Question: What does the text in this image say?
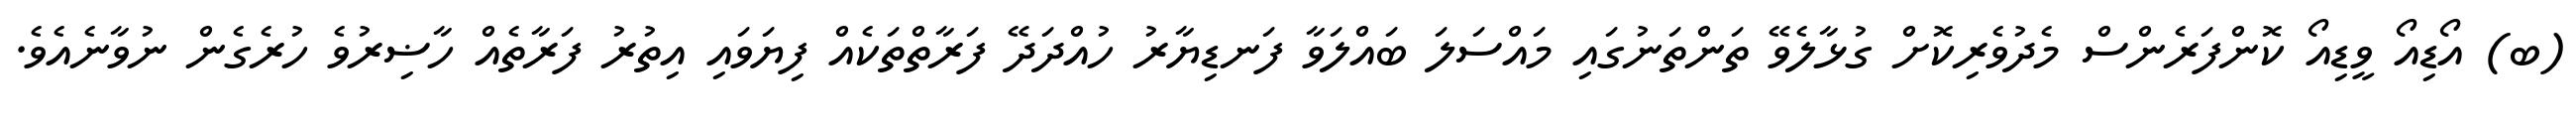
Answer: (ބ) އޯޑިއޯ ވީޑިއޯ ކޮންފަރެންސް މެދުވެރިކޮށް ގުޅާލެވޭ ތަންތަނުގައި މައްސަލަ ބައްލަވާ ފަނޑިޔާރު ހުއްދަދޭ ފަރާތްތަކެއް ފިޔަވައި އިތުރު ފަރާތެއް ހާޟިރުވެ ހުރެގެން ނުވާނެއެވެ.